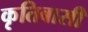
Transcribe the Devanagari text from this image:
कृतिबासी